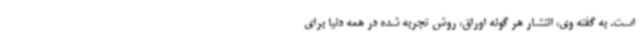
است. به گفته وی، انتشار هر گونه اوراق، روش تجربه شده در همه دنیا برای